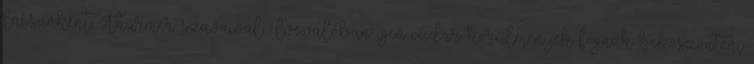
lassanként, Thürmer szavaival élve,valóban igen cudar körülmények fognak beköszönteni